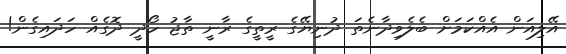
އޭލިއަަން އެއްކަމަށް ބެލެވިދާނެތަ ދުނިޔޭގެ ރީތީގެ ރާނީ ތާޖު ހޯދީ ދޮގެއް ހަދައިގެން!